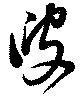
叟